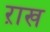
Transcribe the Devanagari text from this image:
ऱाख